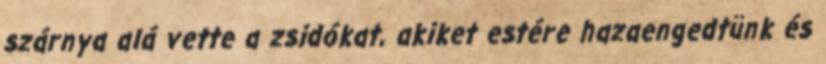
szárnya alá vette a zsidókat, akiket estére hazaengedtünk és